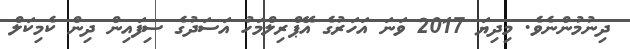
ދިނުމުންނެވެ. މިދިޔަ 2017 ވަނަ އަހަރުގެ އޭޕްރިލްމަހު އަސަދުގެ ސިފައިން ދިން ކެމިކަލް